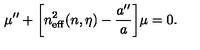
\mu ^ { \prime \prime } + \biggl [ n _ { \mathrm { e f f } } ^ { 2 } ( n , \eta ) - { \frac { a ^ { \prime \prime } } { a } } \biggr ] \mu = 0 .